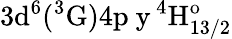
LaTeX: \mathrm{3d^{6}(^{3}G)4p\ y\, ^{4}H_{13/2}^{o}}